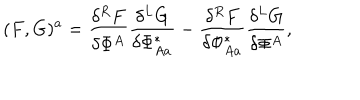
( F , G ) ^ { a } = \frac { \delta ^ { R } F } { \delta \Phi ^ { A } } \frac { \delta ^ { L } G } { \delta \Phi _ { A a } ^ { * } } - \frac { \delta ^ { R } F } { \delta \Phi _ { A a } ^ { * } } \frac { \delta ^ { L } G } { \delta \Phi ^ { A } } ,